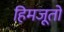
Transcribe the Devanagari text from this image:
हिमजूतों